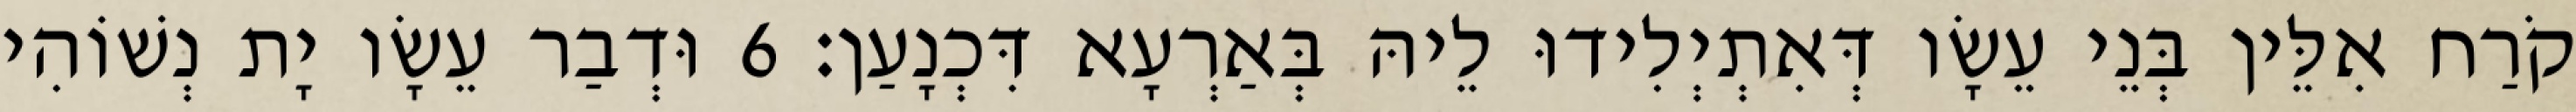
קֹרַח אִלֵּין בְּנֵי עֵשָׂו דְּאִתְיְלִידוּ לֵיהּ בְּאַרְעָא דִּכְנָעַן׃ 6 וּדְבַר עֵשָׂו יָת נְשׁוֹהִי